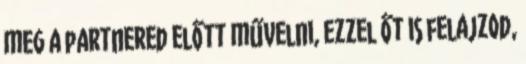
meg a partnered előtt művelni, ezzel őt is felajzod,